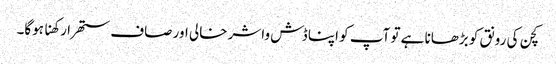
کچن کی رونق کو بڑھانا ہے تو آپ کو اپنا ڈش واشر خالی اور صاف ستھرا رکھنا ہوگا۔